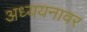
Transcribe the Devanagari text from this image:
अध्ययनावर